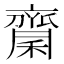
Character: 𪗉